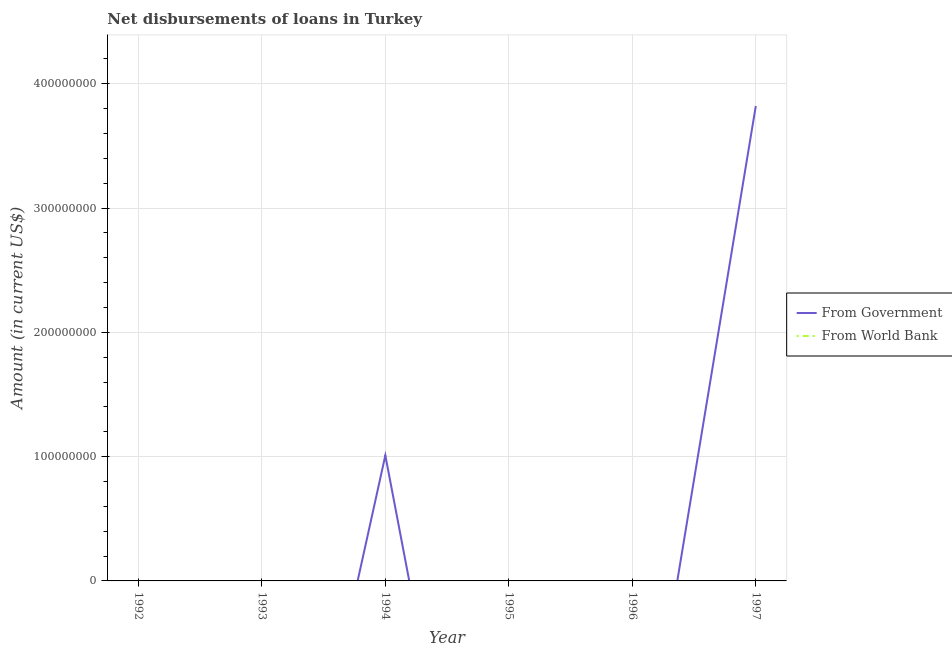
| Year | From Government | From World Bank |
 | --- | --- | --- |
 | 1992 | -3.46e+08 | -1.63e+08 |
 | 1993 | -3.49e+08 | -3.91e+08 |
 | 1994 | 1.01e+08 | -7.06e+08 |
 | 1995 | -4.2e+08 | -7.62e+08 |
 | 1996 | -2.19e+08 | -6.25e+08 |
 | 1997 | 3.82e+08 | -5.86e+08 |